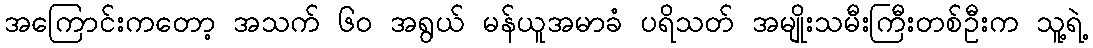
အကြောင်းကတော့ အသက် ၆၀ အရွယ် မန်ယူအမာခံ ပရိသတ် အမျိုးသမီးကြီးတစ်ဦးက သူ့ရဲ့